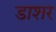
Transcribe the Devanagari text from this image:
डाशर